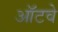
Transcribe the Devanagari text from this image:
ऑटवे